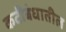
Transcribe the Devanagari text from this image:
कटीबंधातील